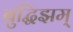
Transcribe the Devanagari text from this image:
बुद्धिझम्